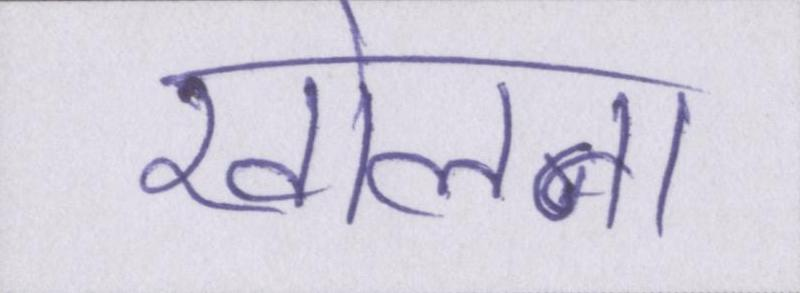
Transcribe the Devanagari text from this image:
खोलना